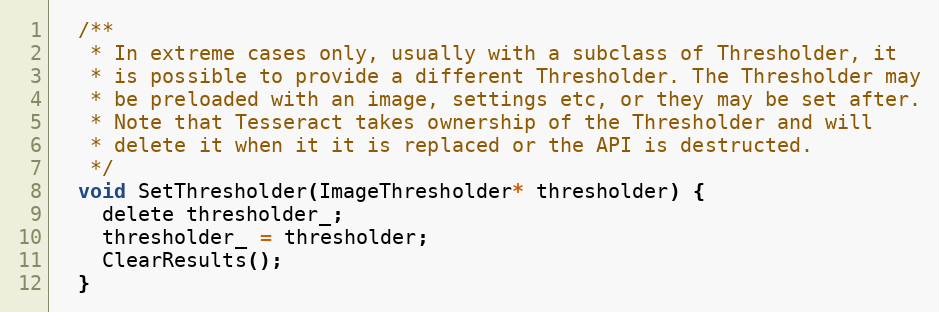
Language: C
  /**
   * In extreme cases only, usually with a subclass of Thresholder, it
   * is possible to provide a different Thresholder. The Thresholder may
   * be preloaded with an image, settings etc, or they may be set after.
   * Note that Tesseract takes ownership of the Thresholder and will
   * delete it when it it is replaced or the API is destructed.
   */
  void SetThresholder(ImageThresholder* thresholder) {
    delete thresholder_;
    thresholder_ = thresholder;
    ClearResults();
  }